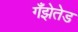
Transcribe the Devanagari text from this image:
गँझेतेड